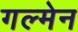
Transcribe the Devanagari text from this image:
गल्मेन